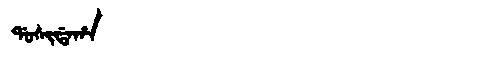
Manchu: ᡩᠣᠰᡳᡩᠠᡥᠠ
Romanization: DOSIDAHA